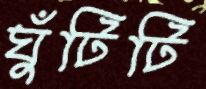
ঘুঁটিটি